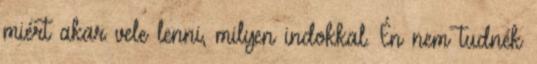
miért akar vele lenni, milyen indokkal. Én nem tudnék